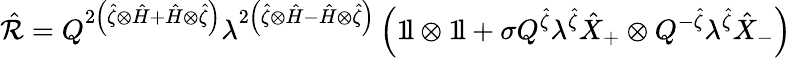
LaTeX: \hat{\cal R}=Q^{2\left(\hat{\zeta}\otimes\hat{H}+\hat{H}\otimes\hat{\zeta}\right)}\lambda^{2\left(\hat{\zeta}\otimes\hat{H}-\hat{H}\otimes\hat{\zeta}\right)}\left(1\! \mathrm{l}\otimes 1\! \mathrm{l}+\sigma Q^{\hat{\zeta}}\lambda^{\hat{\zeta}}\hat{X}_{+}\otimes Q^{-\hat{\zeta}}\lambda^{\hat{\zeta}}\hat{X}_{-}\right)